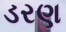
ડરણ